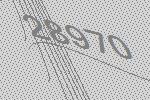
28970